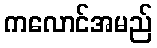
ကလောင်အမည်